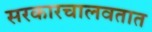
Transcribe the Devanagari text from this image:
सरकारचालवतात